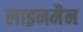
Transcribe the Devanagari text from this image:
लाइनमैन